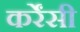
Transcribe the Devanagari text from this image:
कर्रेंसी